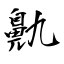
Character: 鼽